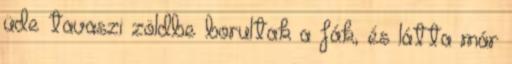
üde tavaszi zöldbe borultak a fák, és látta már